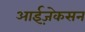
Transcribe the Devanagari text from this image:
आईज़ेकसन